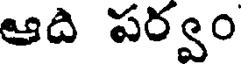
ఆది పర్వం